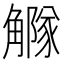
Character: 𧥃